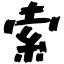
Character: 索